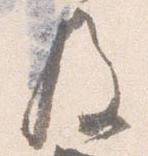
及